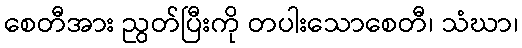
စေတီအား ညွတ်ပြီးကို တပါးသောစေတီ၊ သံဃာ၊